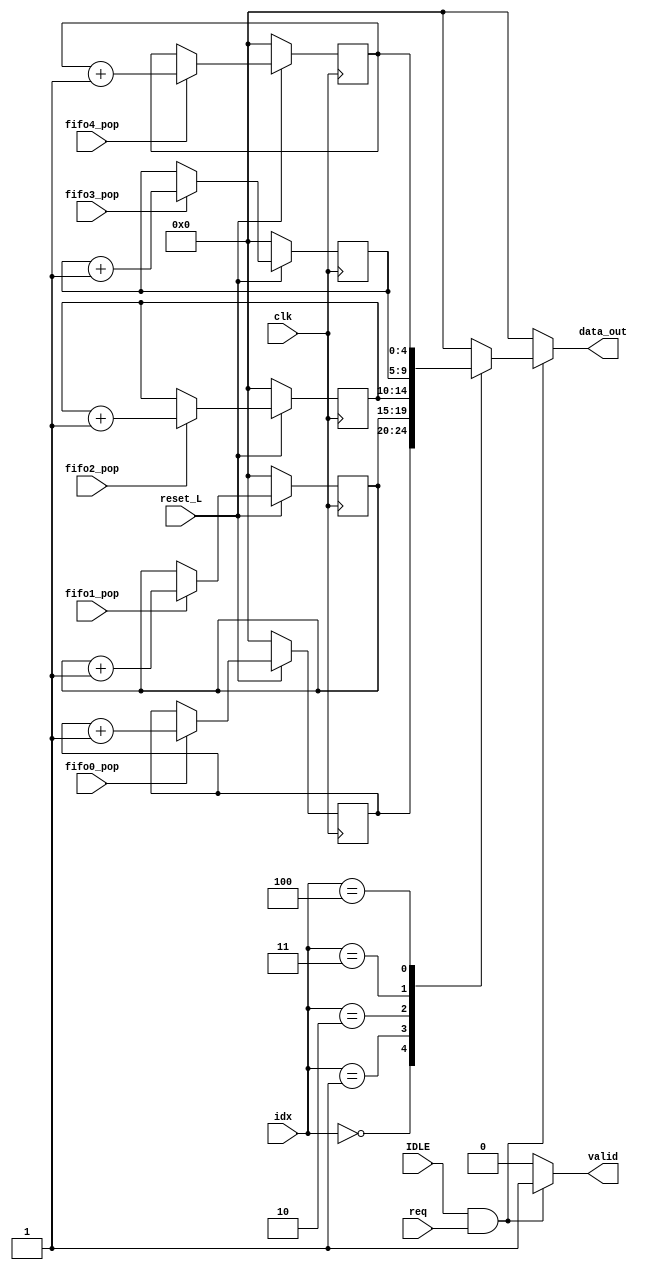
module counter_cond

    (
    // condiciones
    input clk,
    input req,
    input IDLE,
    input reset_L,
    input [2:0] idx,


    //  pops de los fifos es lo que entra en los counter
    input fifo0_pop,
    input fifo1_pop,
    input fifo2_pop,
    input fifo3_pop,
    input fifo4_pop,


    // se regresa valid y un data out
    output reg valid,
    output reg [4:0] data_out
    );



    // creamos los counters
    reg [4:0] counter0;
    reg [4:0] counter1;
    reg [4:0] counter2;
    reg [4:0] counter3;
    reg [4:0] counter4;



    always @(posedge clk)begin

        // si reset == 0, los counter seran 0
        if(reset_L == 0)begin
            counter0 <= 5'b00000;
            counter1 <= 5'b00000;
            counter2 <= 5'b00000;
            counter3 <= 5'b00000;
            counter4 <= 5'b00000;
        end  


        // si reset == 1, los counter aumentan
        else if (reset_L == 1)begin 

            if(fifo0_pop)begin
                counter0 <= counter0 + 1;
	    
            end

            if(fifo1_pop)begin
                counter1 <= counter1 + 1;
	   
            end

            if(fifo2_pop)begin
                counter2 <= counter2 + 1;
	    
            end

            if(fifo3_pop)begin
                counter3 <= counter3 + 1;
           
            end

            if(fifo4_pop)begin
                counter4 <= counter4 + 1;

            end


        end   


    end



    always @(*) begin

        valid= 0;
	    data_out= 5'b00000;
	    
        // se pasan los counter a la salida
        if (IDLE && req)begin
            case (idx)

                3'b000: 
                begin
                    data_out = counter0;
                end

                3'b001: 
                begin
                    data_out = counter1;
                end

                3'b010: 
                begin
                    data_out = counter2;
                end

                3'b011: 
                begin
                    data_out = counter3;
                end

                3'b100: 
                begin
                    data_out = counter4;
                end

            endcase

            valid = 1;

        end

        else begin

            valid = 0;
            data_out = 0;

        end



    end


endmodule